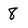
Character: 8